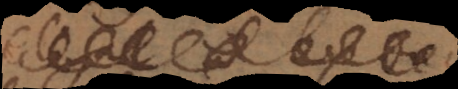
l e e